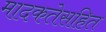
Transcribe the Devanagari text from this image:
मादकतेसहित